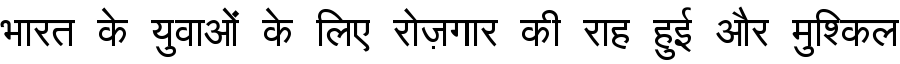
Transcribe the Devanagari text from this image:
भारत के युवाओं के लिए रोज़गार की राह हुई और मुश्किल